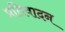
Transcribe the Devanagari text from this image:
प्रतिवादन